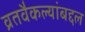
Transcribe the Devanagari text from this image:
व्रतवैकल्यांबद्दल